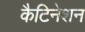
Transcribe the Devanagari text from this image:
कैटिनेशन